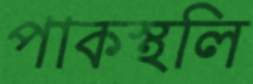
পাকস্থলি